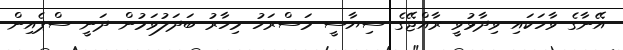
އޭނާގެ ވާހަކައި ވިދާޅުވީ ރާއްޖޭގެ ސިޔާސީ މަސްރަހު މިހާރު ބަދަލުވަމުން ދަނީ ސްޕެއިން